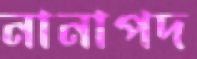
নানাপদ